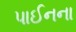
પાઈનના